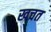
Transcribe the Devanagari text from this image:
खचत